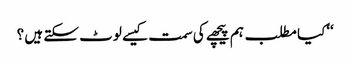
‘‘کیا مطلب ہم پیچھے کی سمت کیسے لوٹ سکتے ہیں ؟